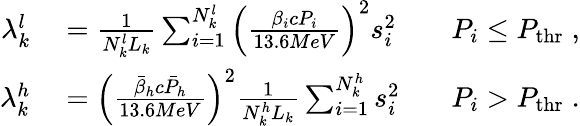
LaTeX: \begin{array}{rlr}{\lambda_{k}^{l}}&{{}=\frac{1}{N_{k}^{l}L_{k}}\sum_{i=1}^{N_{k}^{l}}{\left(\frac{\beta_{i}cP_{i}}{13.6MeV}\right)^{2}s_{i}^{2}}\; \; \; }&{P_{i}\leq P_{\mathrm{thr}}\; ,}\\ {\lambda_{k}^{h}}&{{}=\left(\frac{\bar{\beta}_{h}c\bar{P}_{h}}{13.6MeV}\right)^{2}\frac{1}{N_{k}^{h}L_{k}}\sum_{i=1}^{N_{k}^{h}}{s_{i}^{2}}\; \; \; }&{P_{i}>P_{\mathrm{thr}}\; .}\end{array}